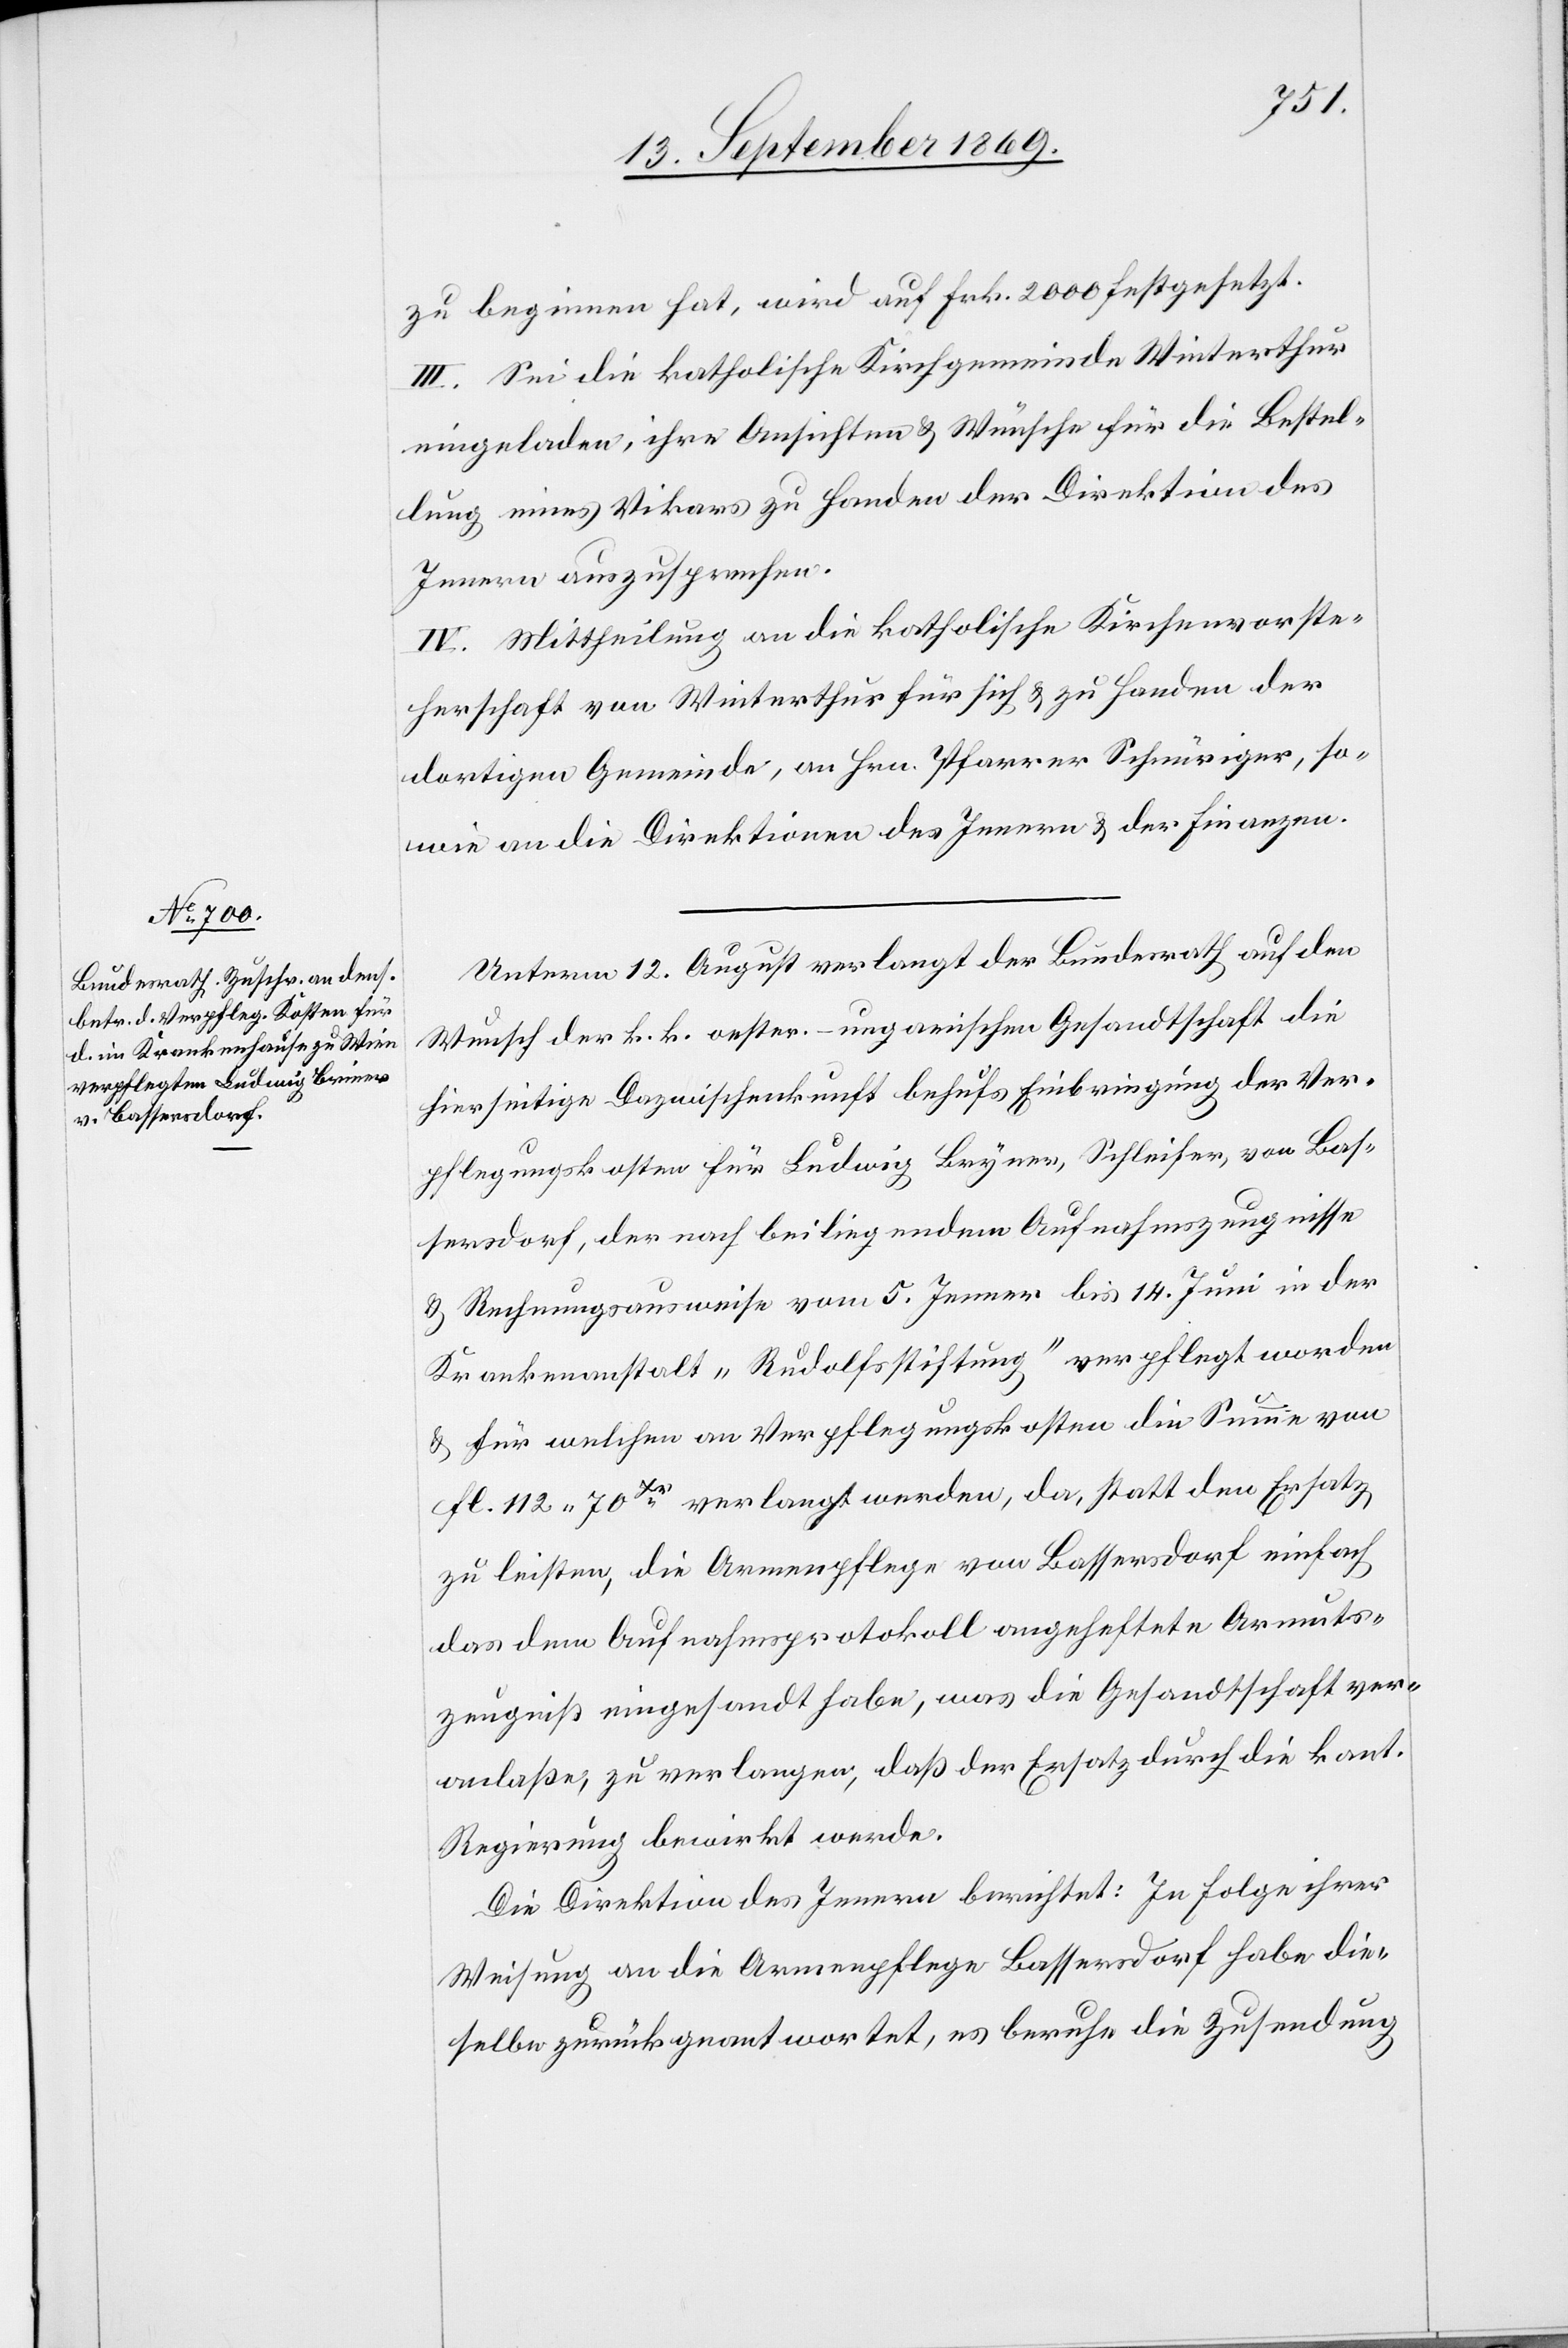
zu beginnen hat, wird auf Frk. 2000 festgesetzt.
III. Sei die katholische Kirchgemeinde Winterthur
eingeladen, ihre Ansichten & Wünsche für die Bestel¬
lung eines Vikars zu Handen der Direktion des
Innern auszusprechen.
IV. Mittheilung an die katholische Kirchenvorste¬
herschaft von Winterthur für sich & zu Handen der
dortigen Gemeinde, an Hrn. Pfarrer Schnüriger, so¬
wie an die Direktionen des Innern & der Finanzen.
Unterm 12. August verlangt der Bundesrath auf den
Wunsch der k. k. oestr.-ungarischen Gesandtschaft die
hierseitige Dazwischenkunft behufs Einbringung der Ver¬
pflegungskosten für Ludwig Bryner [sic!], Schleifer, von Bas¬
sersdorf, der nach beiliegendem Aufnahmszeugnisse
& Rechnungsausweise vom 5. Jenner bis 14. Juni in der
Krankenanstalt „Rudolfsstiftung“ verpflegt worden
& für welchen an Verpflegungskosten die Summe von
fl. 112 70Xr verlangt werden, da, statt den Ersatz
zu leisten, die Armenpflege von Bassersdorf einfach
das dem Aufnahmsprotokoll angeheftete Armuts¬
zeugniß eingesandt habe, was die Gesandtschaft ver¬
anlaße, zu verlangen, daß der Ersatz durch die kant.
Regierung bewirkt werde.
Die Direktion des Innern berichtet: In Folge ihrer
Weisung an die Armenpflege Bassersdorf habe die¬
selbe zurückgeantwortet, es beruhe die Zusendung